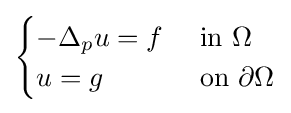
{\begin{cases}-\Delta _{p}u=f&{\mbox{ in }}\Omega \\u=g&{\mbox{ on }}\partial \Omega \end{cases}}